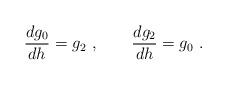
LaTeX: \begin{align*}\frac{dg_{0}}{dh}=g_{2}~,\qquad \frac{dg_{2}}{dh}=g_{0}~. \end{align*}